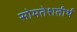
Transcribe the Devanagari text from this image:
सोमतेशतीर्थ